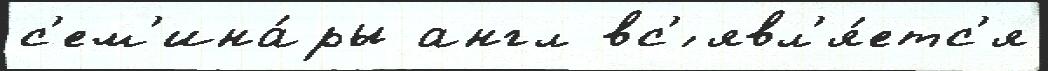
с'ем'ина́ры англ вс'́ явл'я́етс'я